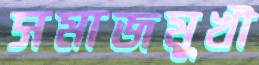
সমাজমুখী